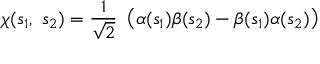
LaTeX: \chi ( s _ { 1 } , \, \, s _ { 2 } ) = { \frac { 1 } { \sqrt { 2 } } } \, \, \left( \alpha ( s _ { 1 } ) \beta ( s _ { 2 } ) - \beta ( s _ { 1 } ) \alpha ( s _ { 2 } ) \right)